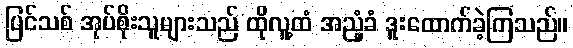
ပြင်သစ် အုပ်စိုးသူများသည် ထိုလူ့ထံ အညံ့ခံ ဒူးထောက်ခဲ့ကြသည်။